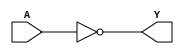
/*
`ifndef SKY130_FD_SC_HD__INV_FUNCTIONAL_V
`define SKY130_FD_SC_HD__INV_FUNCTIONAL_V

`timescale 1ns / 1ps
`default_nettype none
*/


module sky130_fd_sc_hd__inv_2(
	Y,
	A);

/*
output Y;
input A;

wire inv_2_1;
not inv0(inv_2_1,A);
buf buf0(X,inv_2_1);
*/



    // Module ports
    output Y;
    input  A;

    // Local signals
    wire not0_out_Y;

    //  Name  Output      Other arguments
    not not0 (not0_out_Y, A              );
    buf buf0 (Y         , not0_out_Y     );

endmodule

/*
`default_nettype wire
`endif  // SKY130_FD_SC_HD__INV_FUNCTIONAL_V
*/